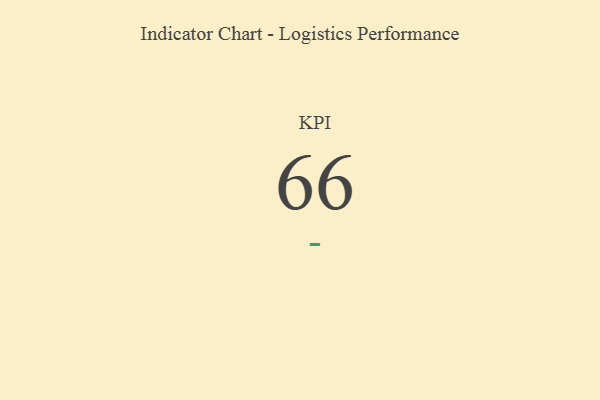
{"axis": {"x": "KPI", "y": "Value"}, "legend": [""], "data": [{"x": "KPI", "y": 66, "type": ""}]}